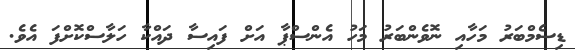
ޑިސެމްބަރު މަހާއި ނޮވެންބަރު މަހު އެންސްޕާ އަށް ފައިސާ ދައްކާ ހަލާސްކޮށްފަ އެވެ.